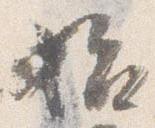
始